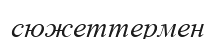
сюжеттермен